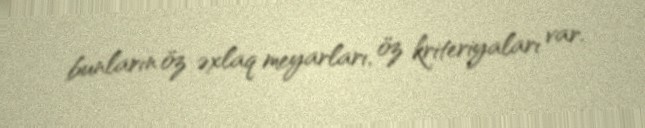
bunların öz əxlaq meyarları, öz kriteriyaları var.